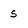
Character: s